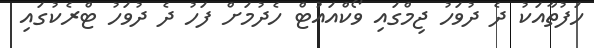
ހަފުތާއަކު ދެ ދުވަހު ޖިމްގައި ވޯކްއައުޓް ހެދުމަށް ފަހު ދެ ދުވަހު ޓްރެކުގައި